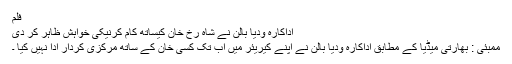
فلم
اداکارہ ودیا بالن نے شاہ رخ خان کیساتھ کام کرنیکی خواہش ظاہر کر دی
ممبئی : بھارتی میڈیا کے مطابق اداکارہ ودیا بالن نے اپنے کیریئر میں اب تک کسی خان کے ساتھ مرکزی کردار ادا نہیں کیا ۔